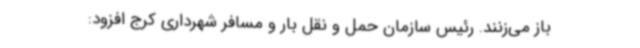
باز می‌زنند. رئیس سازمان حمل و نقل بار و مسافر شهرداری کرج افزود: